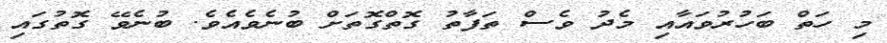
މި ހަތް ބަހުރުވައާއި މެދު ވެސް ތަފާތު ގޮތްގޮތަށް ބުނެވެއެވެ. ބުނެވޭ ގޮތުގައި